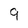
Character: 9